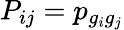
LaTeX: P_{ij}=p_{g_{i}g_{j}}